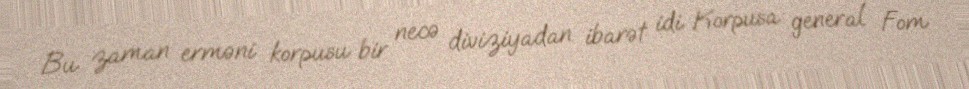
Bu zaman erməni korpusu bir necə diviziyadan ibarət idi. Korpusa general Fom